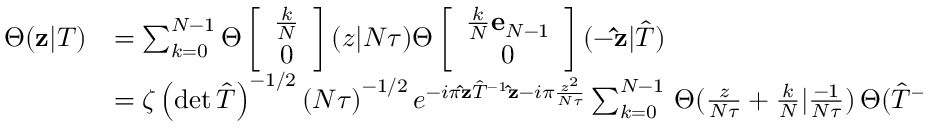
\begin{array} { r l } { { \Theta ( { \bf z } | T ) } } & { { = \sum _ { k = 0 } \sp { N - 1 } \Theta \left[ \begin{array} { c } { { { \frac { k } { N } } } } \\ { { 0 } } \end{array} \right] ( z | N \tau ) \Theta \left[ \begin{array} { c } { { { \frac { k } { N } } { \bf e } _ { N - 1 } } } \\ { { 0 } } \end{array} \right] ( { - \bf \hat { z } } | \hat { T } ) } } \\ { { } } & { { = \zeta \left( \operatorname * { d e t } \hat { T } \right) \sp { - 1 / 2 } \left( N \tau \right) \sp { - 1 / 2 } e \sp { - i \pi { \bf \hat { z } } \hat { T } \sp { - 1 } { \bf \hat { z } } - i \pi { \frac { z \sp 2 } { N \tau } } } \sum _ { k = 0 } \sp { N - 1 } \, \Theta ( { \frac { z } { N \tau } } + { \frac { k } { N } } | { \frac { - 1 } { N \tau } } ) \, \Theta ( \hat { T } \sp { - 1 } { \bf \hat { z } } - { \frac { k } { N } } { \bf e } _ { N - 1 } | - \hat { T } \sp { - 1 } ) . } } \end{array}